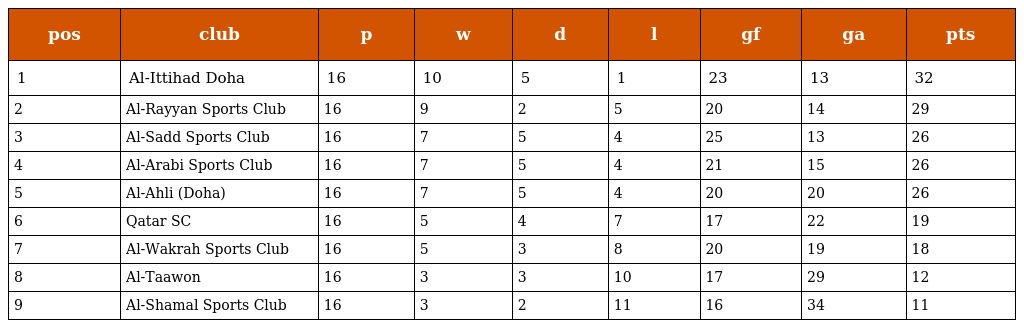
| pos | club | p | w | d | l | gf | ga | pts |
 | --- | --- | --- | --- | --- | --- | --- | --- | --- |
 | 1 | Al-Ittihad Doha | 16 | 10 | 5 | 1 | 23 | 13 | 32 |
 | 2 | Al-Rayyan Sports Club | 16 | 9 | 2 | 5 | 20 | 14 | 29 |
 | 3 | Al-Sadd Sports Club | 16 | 7 | 5 | 4 | 25 | 13 | 26 |
 | 4 | Al-Arabi Sports Club | 16 | 7 | 5 | 4 | 21 | 15 | 26 |
 | 5 | Al-Ahli (Doha) | 16 | 7 | 5 | 4 | 20 | 20 | 26 |
 | 6 | Qatar SC | 16 | 5 | 4 | 7 | 17 | 22 | 19 |
 | 7 | Al-Wakrah Sports Club | 16 | 5 | 3 | 8 | 20 | 19 | 18 |
 | 8 | Al-Taawon | 16 | 3 | 3 | 10 | 17 | 29 | 12 |
 | 9 | Al-Shamal Sports Club | 16 | 3 | 2 | 11 | 16 | 34 | 11 |